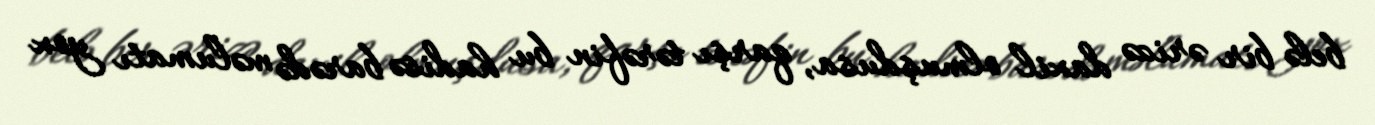
belə bir ərizə daxil olmuşdusa, qarşı tərəfin bu hadisə barədə məlumatı yox